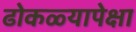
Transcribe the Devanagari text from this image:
ढोकळ्यापेक्षा